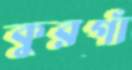
কুরগাঁ